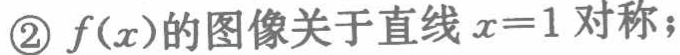
\textcircled{2}\(f(x)\)的图像关于直线\(x = 1\)对称；